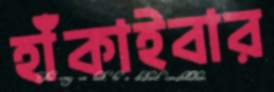
হাঁকাইবার